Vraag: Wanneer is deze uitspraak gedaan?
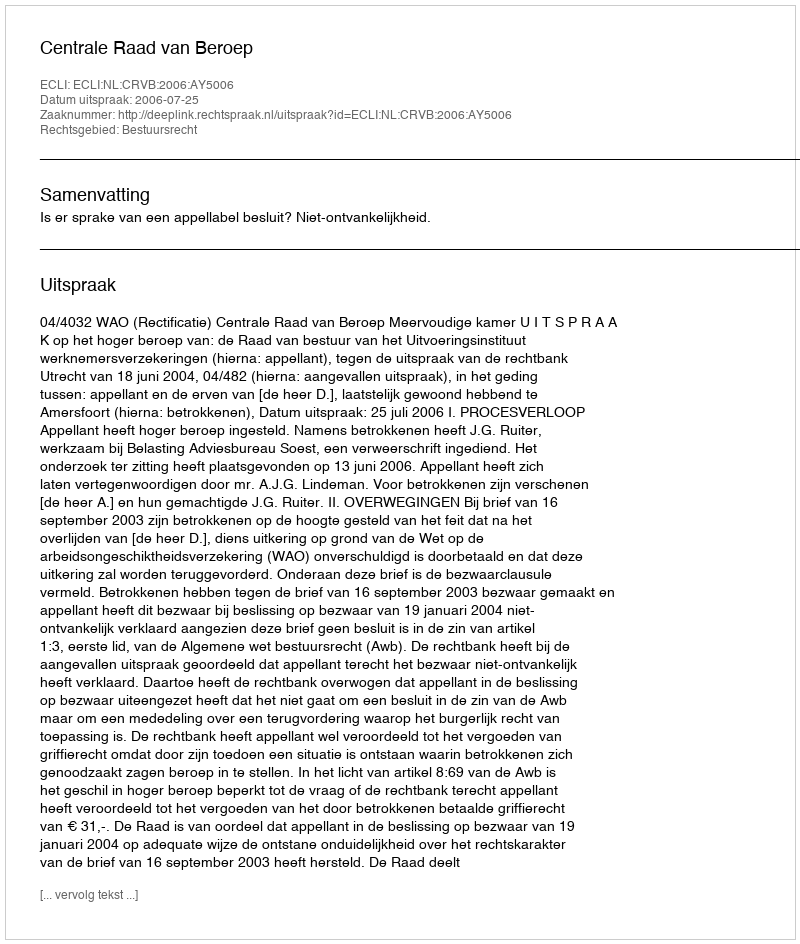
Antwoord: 2006-07-25